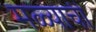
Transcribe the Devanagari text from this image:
मळ्याची